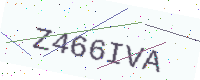
Text: Z466IVA